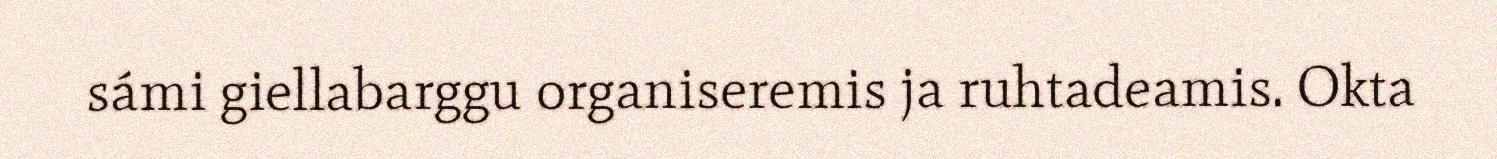
sámi giellabarggu organiseremis ja ruhtadeamis. Okta